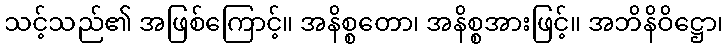
သင့်သည်၏ အဖြစ်ကြောင့်။ အနိစ္စတော၊ အနိစ္စအားဖြင့်။ အဘိနိဝိဋ္ဌော၊